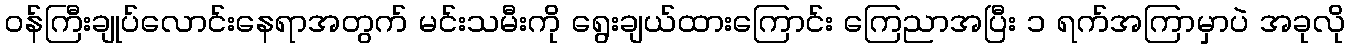
၀န်ကြီးချုပ်လောင်းနေရာအတွက် မင်းသမီးကို ရွေးချယ်ထားကြောင်း ကြေညာအပြီး ၁ ရက်အကြာမှာပဲ အခုလို